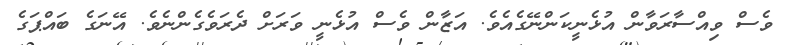
ވެސް ވިއްސާރަވާން އުޅެނީކަންނޭގެއެވެ. އަޒާން ވެސް އުޅެނީ ވަރަށް ދެރަވެގެންނެވެ. އޭނަގެ ބައްޕަގެ